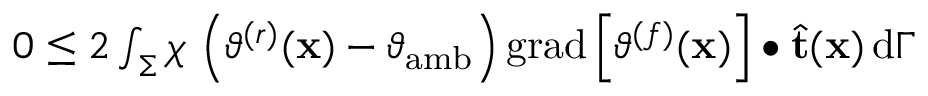
\begin{array} { r } { 0 \leq 2 \int _ { \Sigma } \chi \, \left( \vartheta ^ { ( r ) } ( \mathbf { x } ) - \vartheta _ { \mathrm { a m b } } \right) \mathrm { g r a d } \left[ \vartheta ^ { ( f ) } ( \mathbf { x } ) \right] \bullet \widehat { \mathbf { t } } ( \mathbf { x } ) \, \mathrm { d } \Gamma } \end{array}